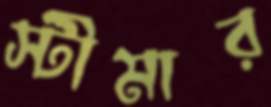
স্টীমার